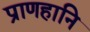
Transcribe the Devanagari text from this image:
प्राणहानि